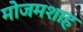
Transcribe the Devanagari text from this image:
मोजमशाह